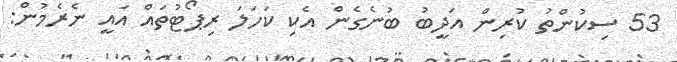
53 ސިކުންތު ކުރިން އަދީބު ބުނެގެން އެކި ކަހަލަ ރިޕޯޓުތައް އައީ ނެރެމުން: